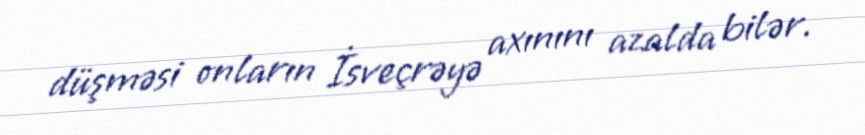
düşməsi onların İsveçrəyə axınını azalda bilər.